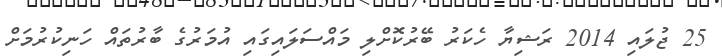
25 ޖުލައި 2014 ރަޝިޔާ ހެކަރު ބޭރުކޮށްލި މައްސަލައިގައި އުމަރުގެ ބާރުތައް ހަނިކުރުމަށް